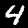
Label: 4